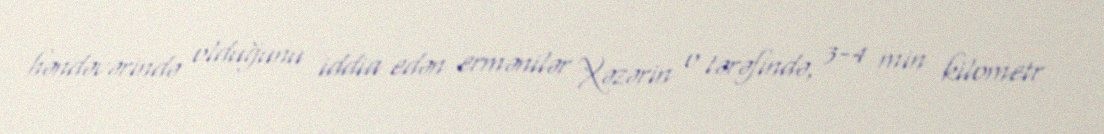
həndəvərində olduğunu iddia edən ermənilər Xəzərin o tərəfində, 3-4 min kilometr